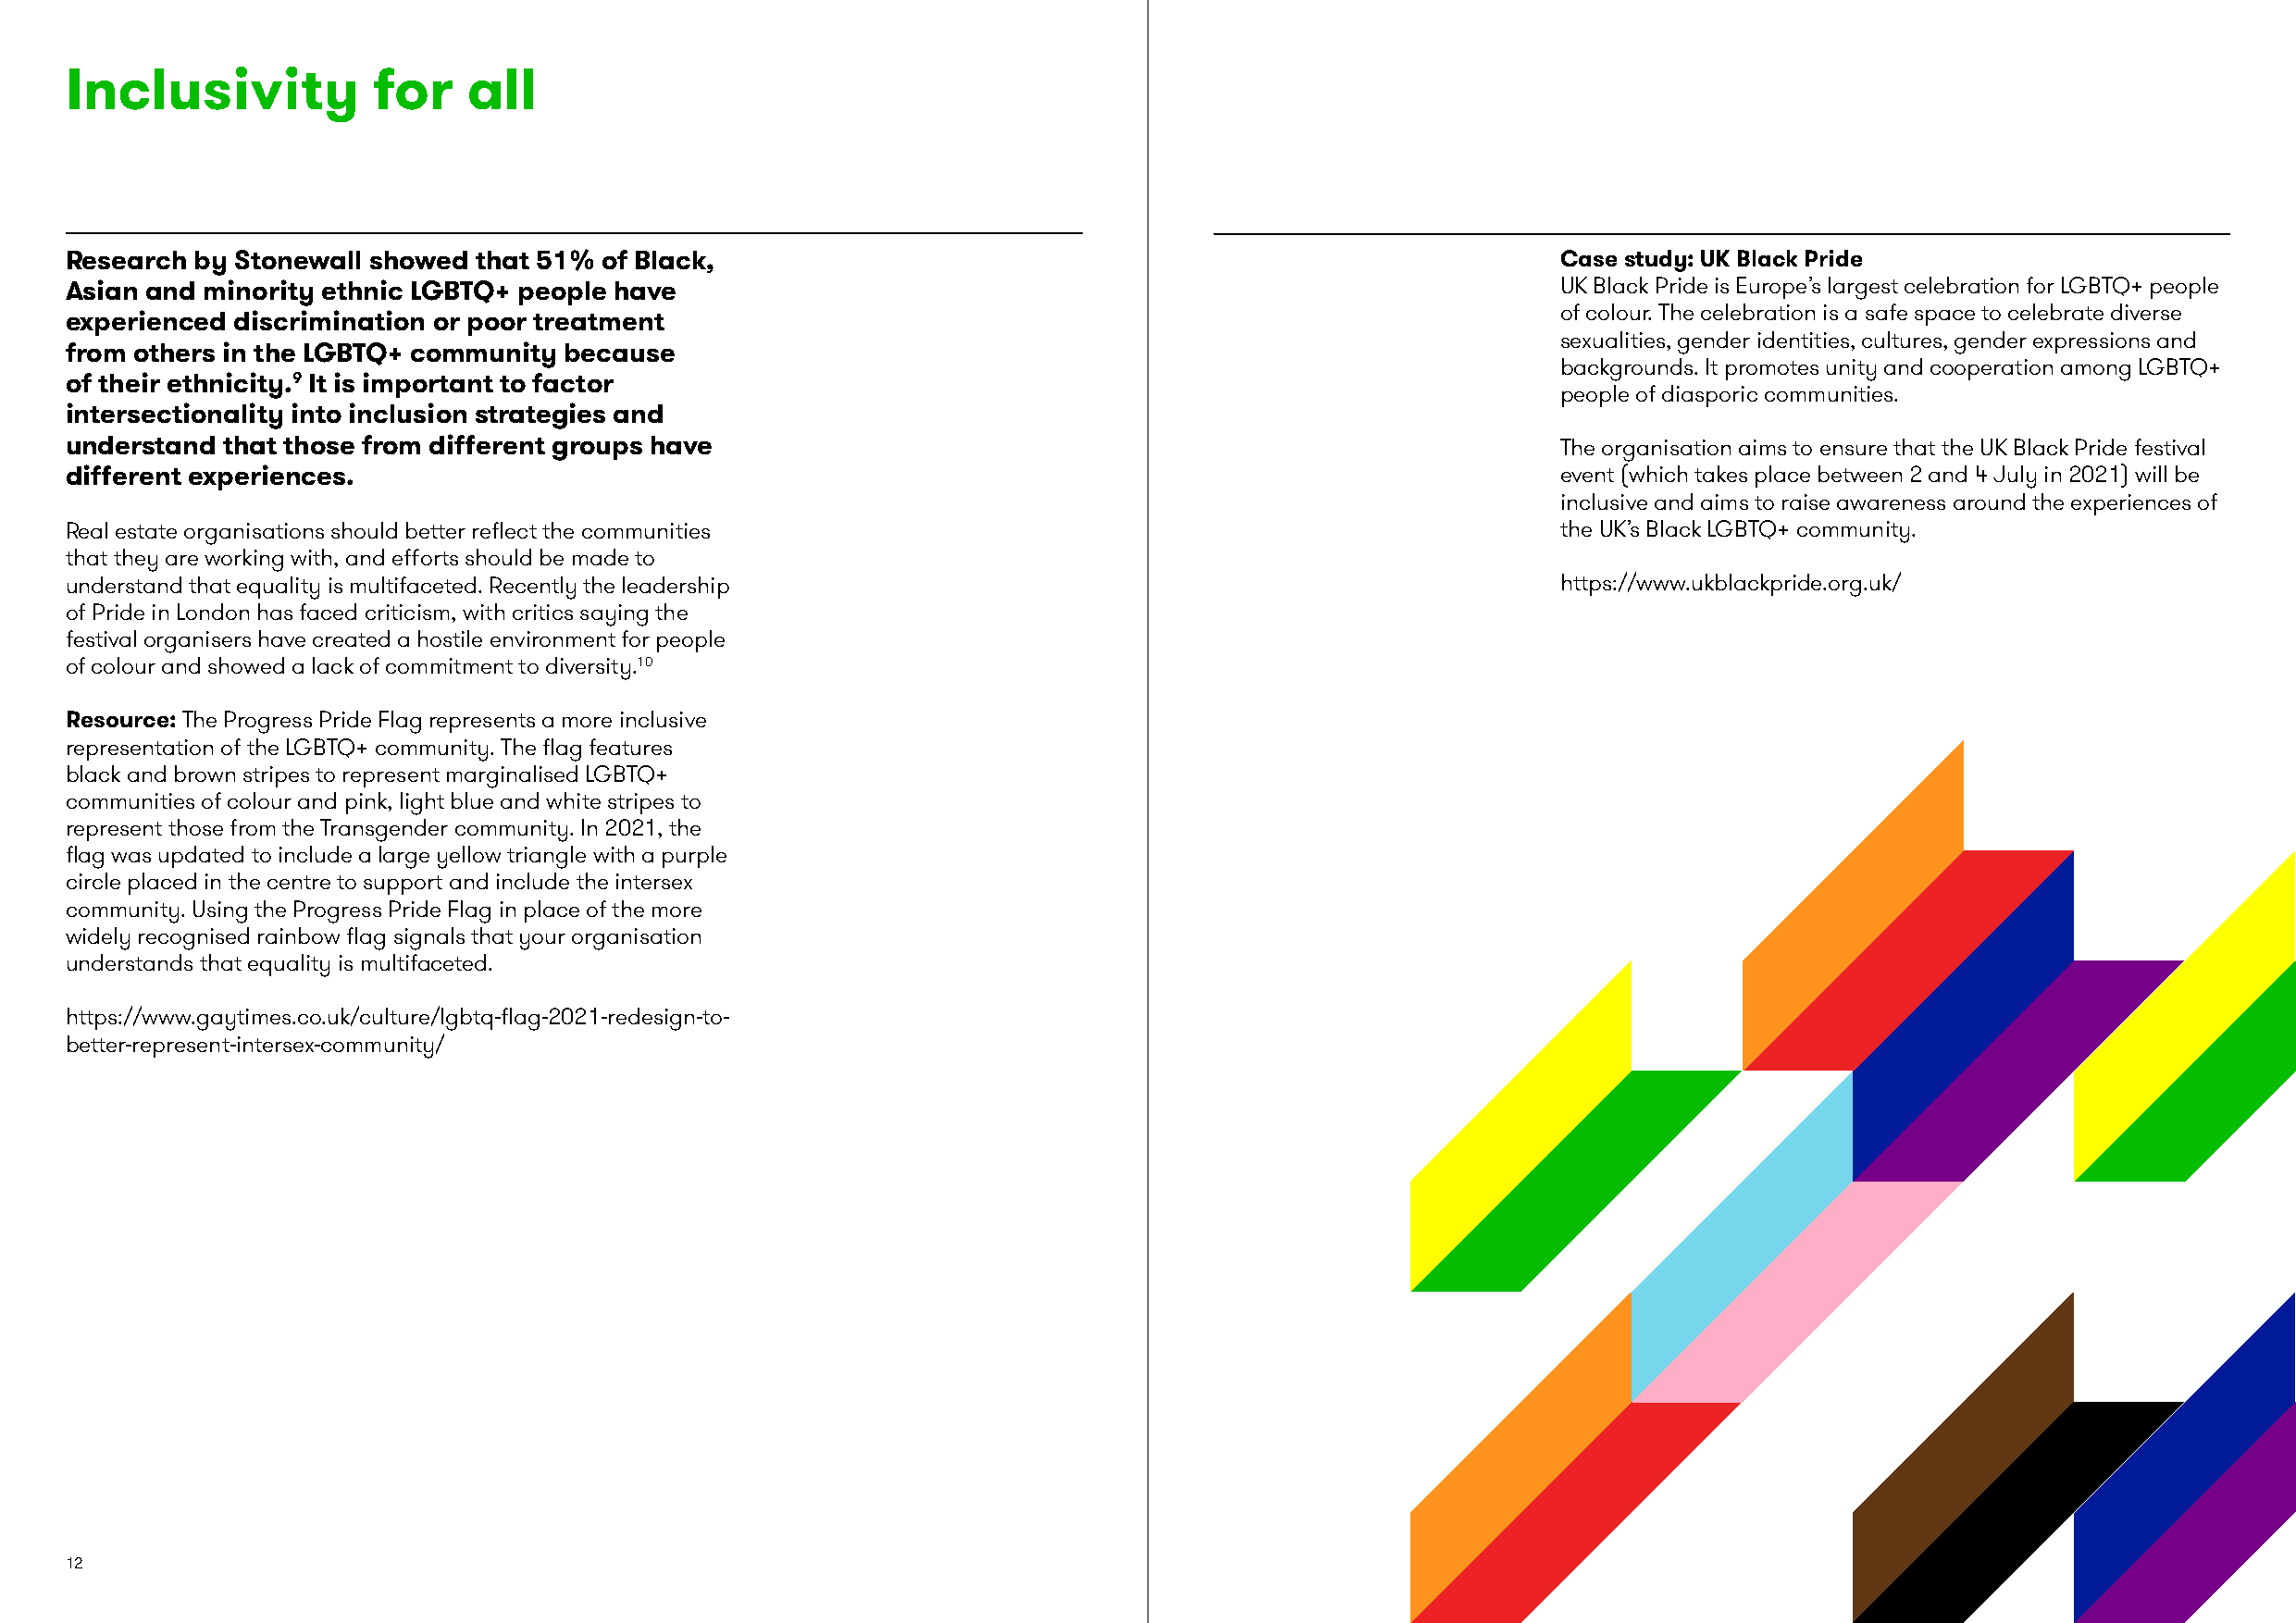
Inclusivity           for   all
 Research by Stonewall showed that 51% of Black,                                                            Case study: UK Black Pride
 Asian and minority ethnic LGBTQ+ people have                                                               UK Black Pride is Europe’s largest celebration for LGBTQ+ people
 of colour. The celebration is a safe space to celebrate diverse
 experienced discrimination or poor treatment
 sexualities, gender identities, cultures, gender expressions and
 from others in the LGBTQ+ community because
 backgrounds. It promotes unity and cooperation among LGBTQ+
 of their ethnicity.9 It is important to factor
 people of diasporic communities.
 intersectionality into inclusion strategies and
 understand that those from different groups have                                                           The organisation aims to ensure that the UK Black Pride festival
 different experiences.                                                                                     event (which takes place between 2 and 4 July in 2021) will be
 inclusive and aims to raise awareness around the experiences of
 Real estate organisations should better reflect the communities                                            the UK’s Black LGBTQ+ community.
 that they are working with, and efforts should be made to
 understand that equality is multifaceted. Recently the leadership                                          https://www.ukblackpride.org.uk/
 of Pride in London has faced criticism, with critics saying the
 festival organisers have created a hostile environment for people
 of colour and showed a lack of commitment to diversity.10
 Resource: The Progress Pride Flag represents a more inclusive
 representation of the LGBTQ+ community. The flag features
 black and brown stripes to represent marginalised LGBTQ+
 communities of colour and pink, light blue and white stripes to
 represent those from the Transgender community. In 2021, the
 flag was updated to include a large yellow triangle with a purple
 circle placed in the centre to support and include the intersex
 community. Using the Progress Pride Flag in place of the more
 widely recognised rainbow flag signals that your organisation
 understands that equality is multifaceted.
 https://www.gaytimes.co.uk/culture/lgbtq-flag-2021-redesign-to-
 better-represent-intersex-community/
 12                                                                                                                                                       13